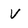
Character: V